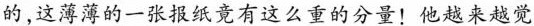
的，这薄薄的一张报纸竟有这么重的分量!他越来越觉